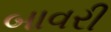
બાવરી